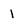
Character: 1